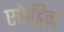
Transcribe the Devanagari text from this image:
एफेड्रिन